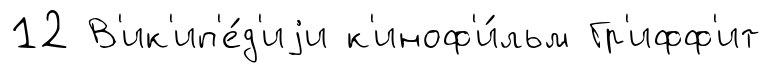
12 В'ик'ип'е́д'иjи к'иноф'и́льм Гр'ифф'ит